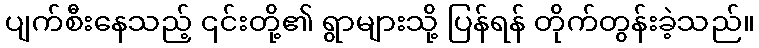
ပျက်စီးနေသည့် ၎င်းတို့၏ ရွာများသို့ ပြန်ရန် တိုက်တွန်းခဲ့သည်။